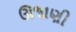
ઊજાણી